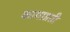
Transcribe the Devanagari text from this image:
कामाप्रती